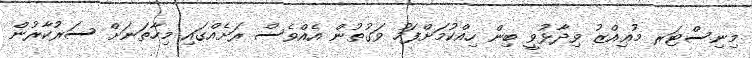
މިނިސްޓަރ މުޢިއްޒު ވިދާޅުވީ ބިން ހިއްކުމަށްފަހު ވަގުތުން އެއްވެސް ރަށެއްގައި މިހާތަނަށް ސަރުކާރުން